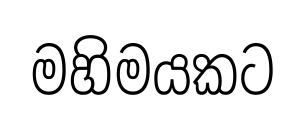
මහිමයකට